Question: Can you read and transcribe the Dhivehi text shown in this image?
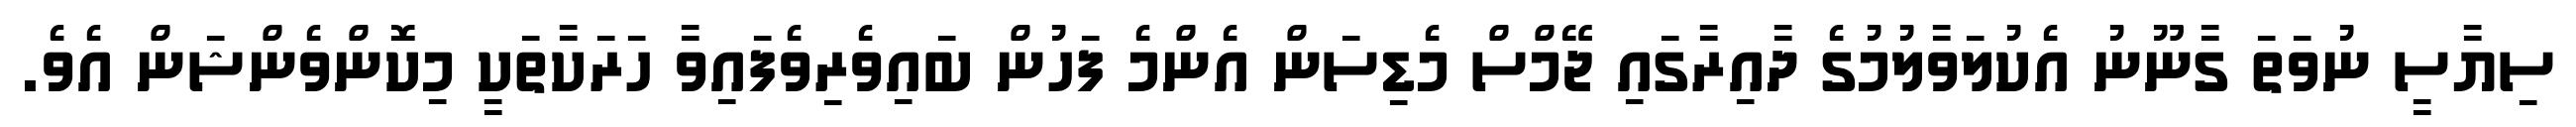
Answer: ސިޔާސީ ނުވަތަ ގާނޫނު އެކުލަވާލުމުގެ ދާއިރާގައި ޖޭމްސް މެޑިސަން އެންމެ ފަހުން ބައިވެރިވެފައިވާ ހަރަކާތަކީ މިކޮންވެންޝަން އެވެ.